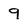
Character: 9